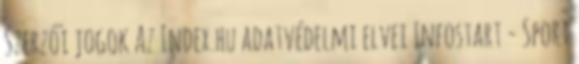
Szerzői jogok Az Index.hu adatvédelmi elvei Infostart - Sport